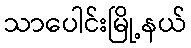
သာပေါင်းမြို့နယ်